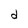
Character: d